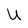
Character: U